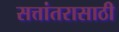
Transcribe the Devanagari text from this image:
सत्तांतरासाठी